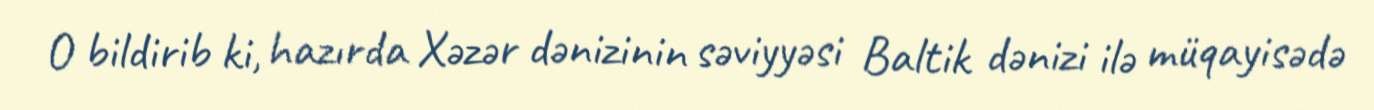
O bildirib ki, hazırda Xəzər dənizinin səviyyəsi Baltik dənizi ilə müqayisədə